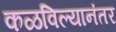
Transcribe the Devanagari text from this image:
कळविल्यानंतर